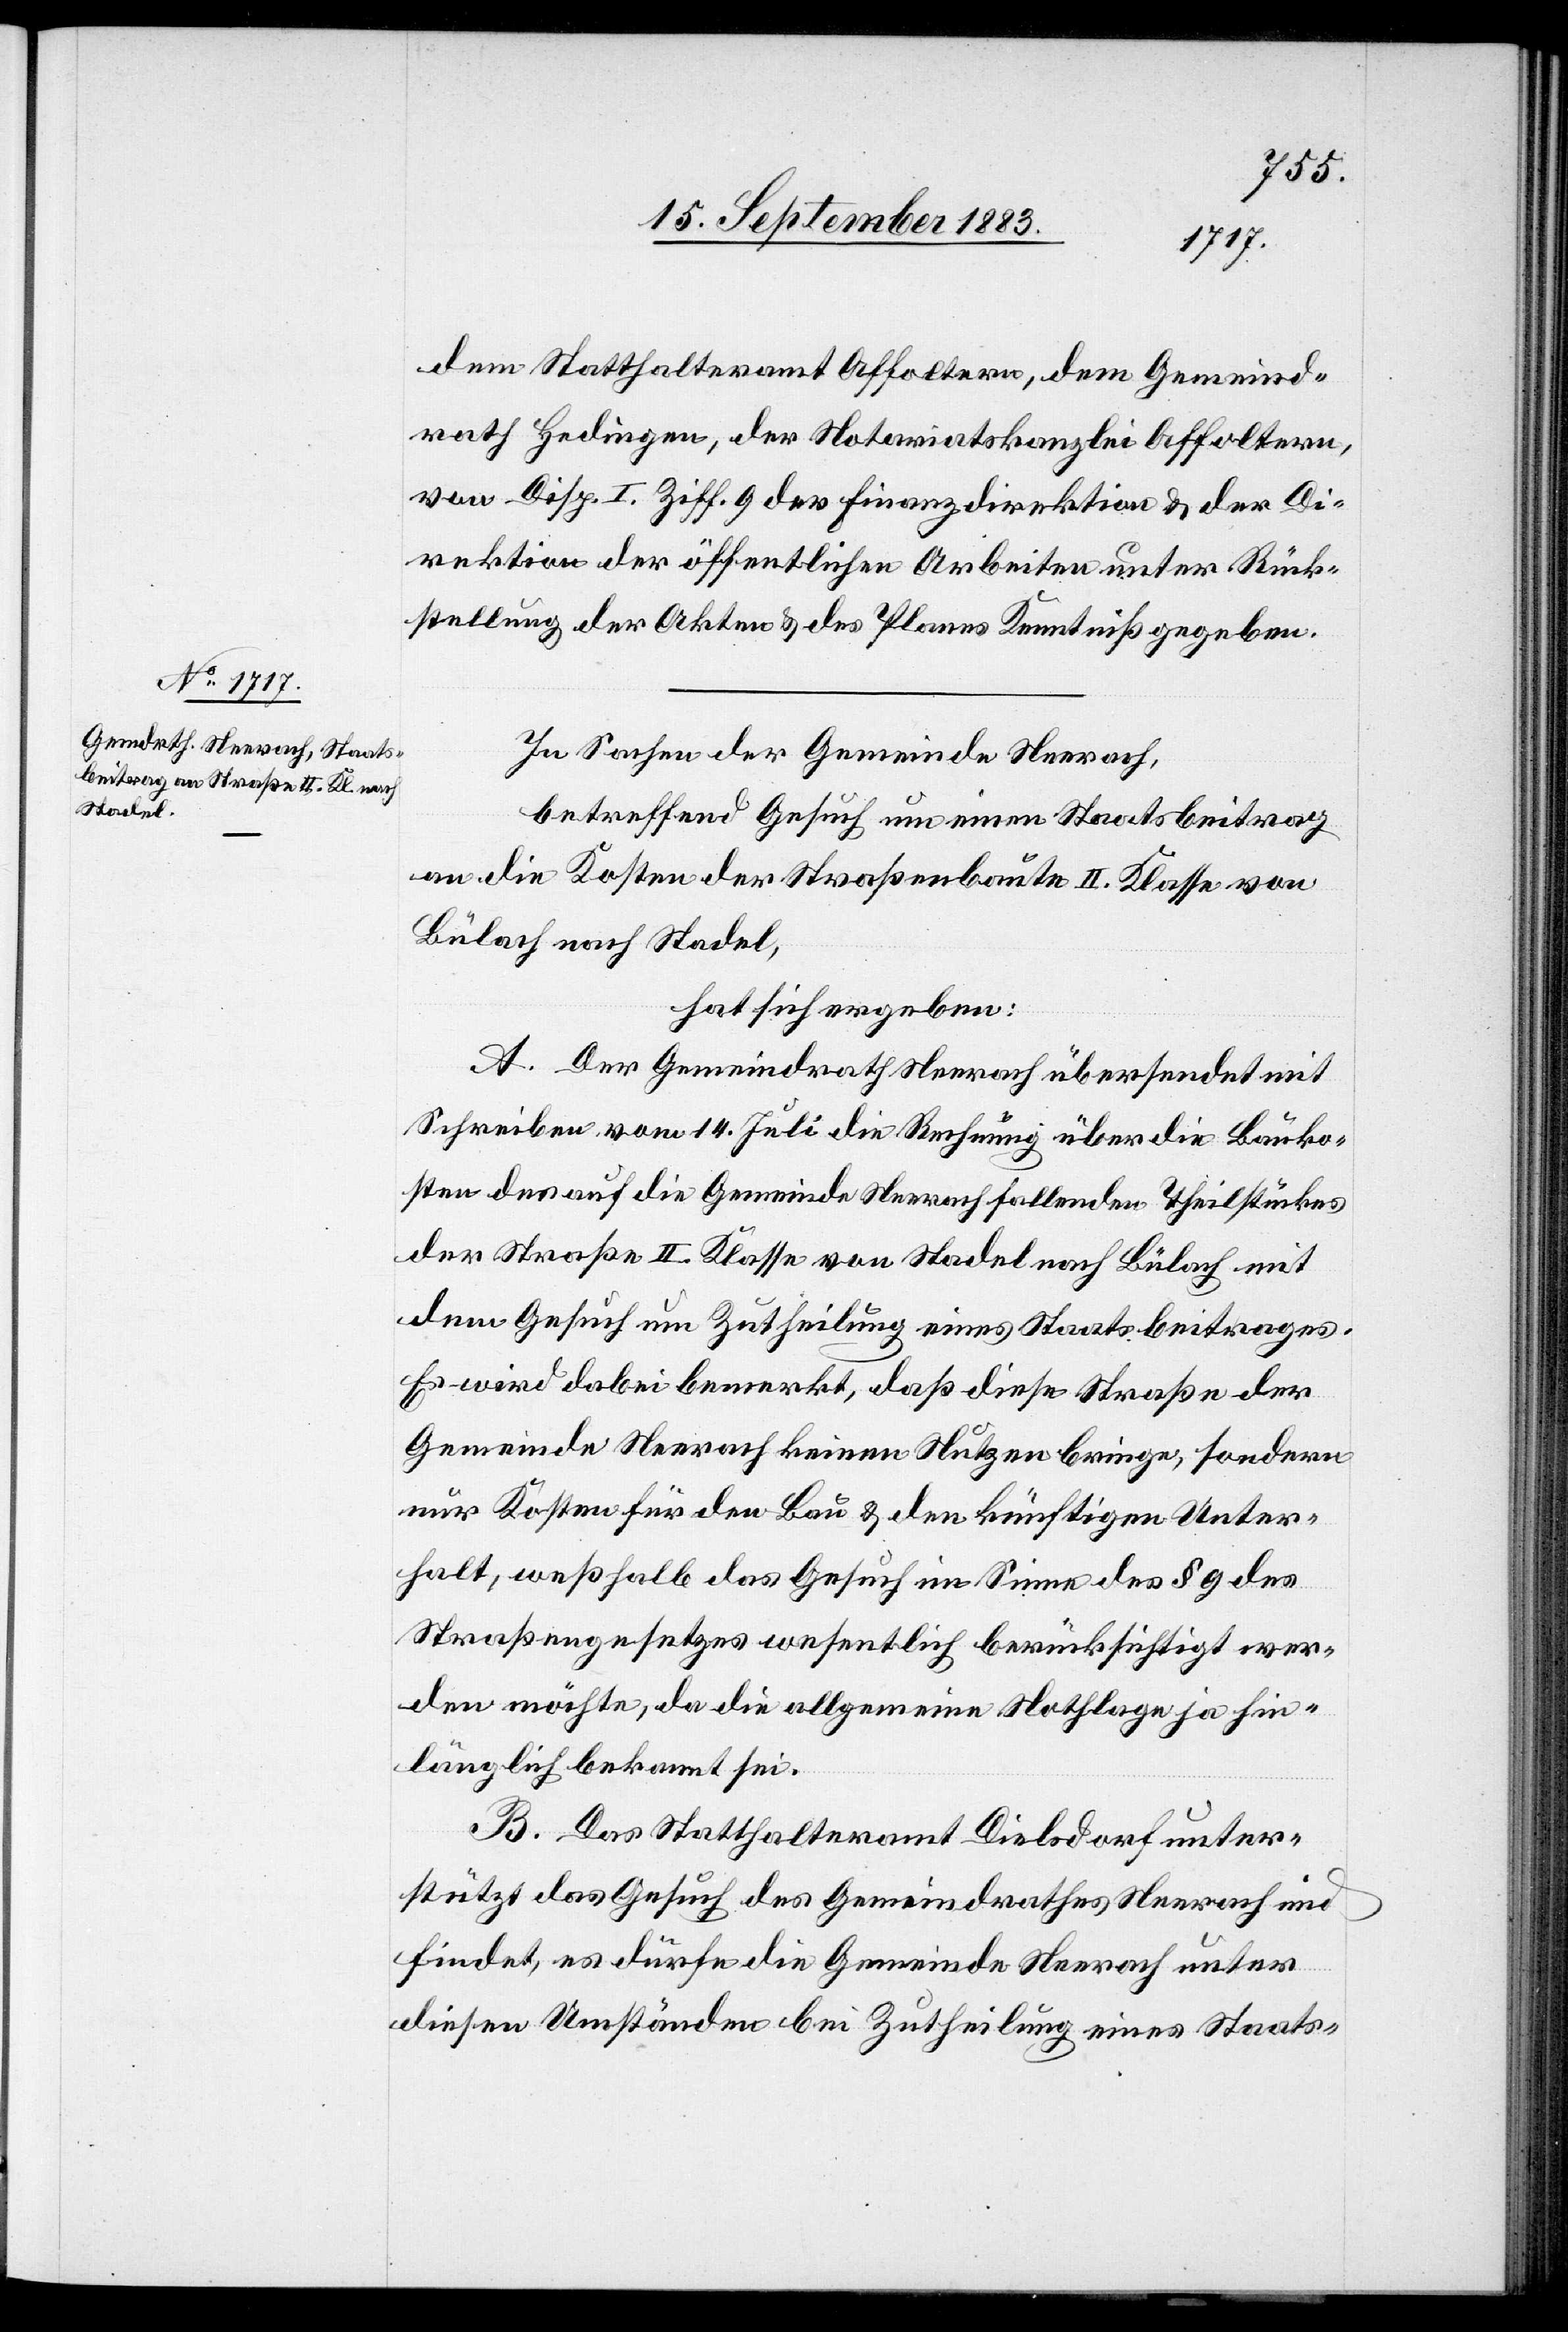
dem Statthalteramt Affoltern, dem Gemeind¬
rath Hedingen, der Notariatskanzlei Affoltern,
von Disp. I Ziff. 9 der Finanzdirektion & der Di¬
rektion der öffentlichen Arbeiten unter Rück¬
stellung der Akten & des Planes Kenntniß gegeben.
In Sachen der Gemeinde Neerach,
betreffend Gesuch um einen Staatsbeitrag
an die Kosten der Straßenbaute II. Klasse von
Bülach nach Stadel,
hat sich ergeben:
A. Der Gemeindrath Neerach übersendet mit
Schreiben vom 14. Juli die Rechnung über die Bauko¬
sten des auf die Gemeinde Neerach fallenden Theilstückes
der Straße II. Klasse von Stadel nach Bülach mit
dem Gesuch um Zutheilung eines Staatsbeitrages.
Es wird dabei bemerkt, daß diese Straße der
Gemeinde Neerach keinen Nutzen bringe, sondern
nur Kosten für den Bau & den künftigen Unter¬
halt, weßhalb das Gesuch im Sinne des § 9 des
Straßengesetzes wesentlich berücksichtigt wer¬
den möchte, da die allgemeine Nothlage ja hin¬
länglich bekannt sei.
B. Das Statthalteramt Dielsdorf unter¬
stützt das Gesuch des Gemeindrathes und find¬
et, es dürfe die Gemeinde Neerach unter
diesen Umständen bei Zutheilung eines Staats-